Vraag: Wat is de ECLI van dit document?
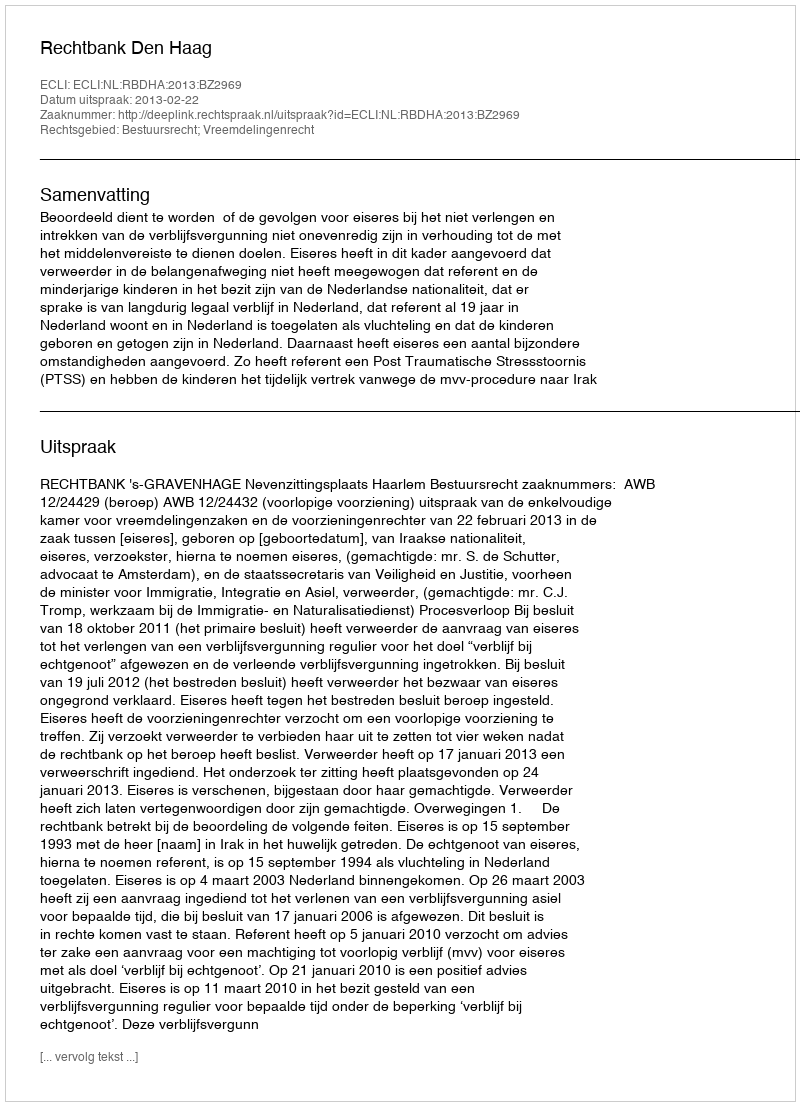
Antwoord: ECLI:NL:RBDHA:2013:BZ2969